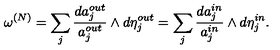
\omega \sp { ( N ) } = \sum _ { j } \frac { d a _ { j } \sp { o u t } } { a _ { j } \sp { o u t } } \wedge d \eta _ { j } \sp { o u t } = \sum _ { j } \frac { d a _ { j } \sp { i n } } { a _ { j } \sp { i n } } \wedge d \eta _ { j } \sp { i n } .